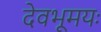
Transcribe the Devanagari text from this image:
देवभूमयः